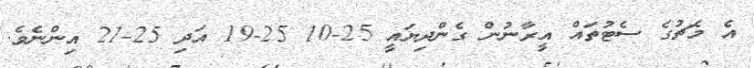
އެ މެޗުގެ ސެޓުތައް އީރާނުން ގެންދިޔައީ 25-10 25-19 އަދި 25-21 އިންނެވެ.